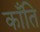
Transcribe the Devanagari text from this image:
काँति